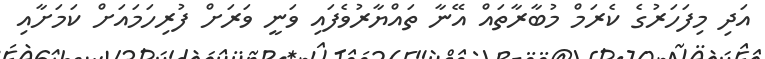
އަދި މިފަހަރުގެ ކެރަމް މުބާރާތައް އޭނާ ތައްޔާރުވެފައި ވަނީ ވަރަށް ފުރިހަމައަށް ކަމަށާއި